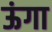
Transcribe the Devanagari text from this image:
ऊंगा